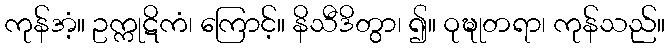
ကုန်အံ့။ ဥက္ကုဋိကံ၊ ကြောင့်။ နိသီဒိတွာ၊ ၍။ ဝုဍ္ဎုတရာ၊ ကုန်သည်။